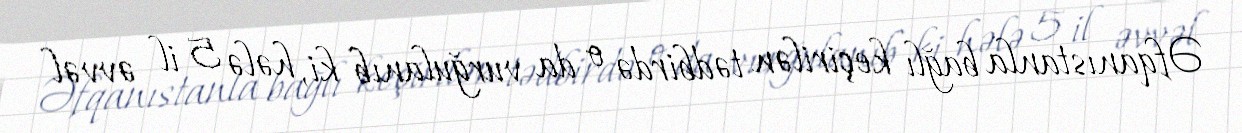
Əfqanıstanla bağlı keçirilən tədbirdə o da vurğulanıb ki, hələ 5 il əvvəl